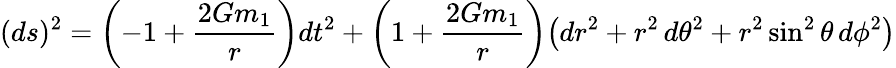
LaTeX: (ds)^{2}=\left(-1+\frac{2Gm_{1}}{r}\right)dt^{2}+\left(1+\frac{2Gm_{1}}{r}\right)\bigl(dr^{2}+r^{2}\, d\theta^{2}+r^{2}\sin^{2}\theta\, d\phi^{2}\bigr)